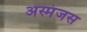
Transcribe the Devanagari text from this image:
अस्मंजस